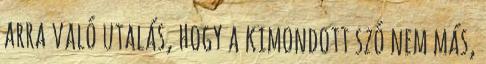
arra való utalás, hogy a kimondott szó nem más,